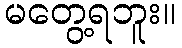
မတွေ့ရဘူး။